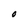
Character: O